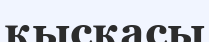
қысқасы